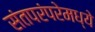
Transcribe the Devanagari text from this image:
संतपरंपरेमध्ये